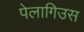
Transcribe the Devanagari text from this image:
पेलागिउस